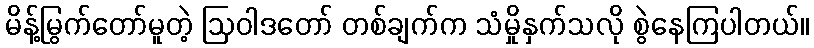
မိန့်မြွက်တော်မူတဲ့ ဩဝါဒတော် တစ်ချက်က သံမှိုနှက်သလို စွဲနေကြပါတယ်။